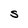
Character: S